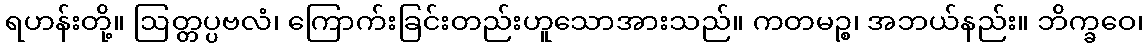
ရဟန်းတို့။ ဩတ္တပ္ပဗလံ၊ ကြောက်းခြင်းတည်းဟူသောအားသည်။ ကတမဉ္စ၊ အဘယ်နည်း။ ဘိက္ခဝေ၊